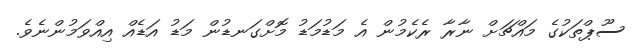
ސޫޕްތަކުގެ މައްޗަށް ނާރާ ރެކެމުން އެ މަޑުމަޑު މޮށްގަނޑުން މަޑު އަޑެއް އިއްވަމުންނެވެ.